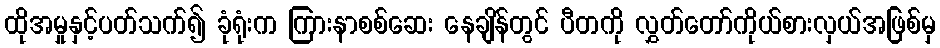
ထိုအမှုနှင့်ပတ်သက်၍ ခုံရုံးက ကြားနာစစ်ဆေး နေချိန်တွင် ပီတကို လွှတ်တော်ကိုယ်စားလှယ်အဖြစ်မှ